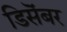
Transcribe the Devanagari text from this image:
डिसॆंबर